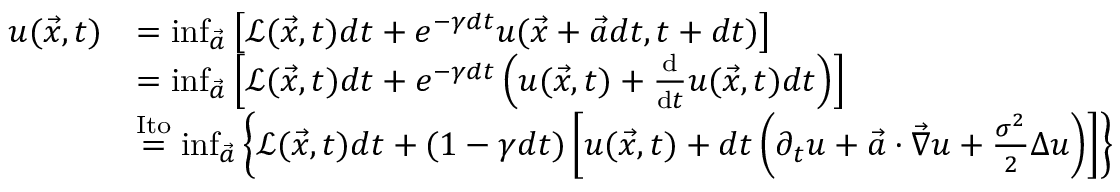
\begin{array} { r l } { u ( \vec { x } , t ) } & { = \operatorname* { i n f } _ { \vec { a } } \left[ \mathcal { L } ( \vec { x } , t ) d t + e ^ { - \gamma d t } u ( \vec { x } + \vec { a } d t , t + d t ) \right] } \\ & { = \operatorname* { i n f } _ { \vec { a } } \left[ \mathcal { L } ( \vec { x } , t ) d t + e ^ { - \gamma d t } \left( u ( \vec { x } , t ) + \frac { \mathrm { d } } { \mathrm { d } t } u ( \vec { x } , t ) d t \right) \right] } \\ & { \overset { \mathrm { I t o } } { = } \operatorname* { i n f } _ { \vec { a } } \left\{ \mathcal { L } ( \vec { x } , t ) d t + ( 1 - \gamma d t ) \left[ u ( \vec { x } , t ) + d t \left( \partial _ { t } u + \vec { a } \cdot \vec { \nabla } { u } + \frac { \sigma ^ { 2 } } { 2 } \Delta { u } \right) \right] \right\} } \end{array}